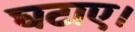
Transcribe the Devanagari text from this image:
घटाए।